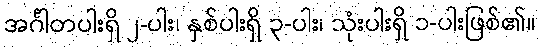
အင်္ဂါတပါးရှိ ၂-ပါး၊ နှစ်ပါးရှိ ၃-ပါး၊ သုံးပါးရှိ ၁-ပါးဖြစ်၏။